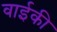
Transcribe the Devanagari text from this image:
वाईकी